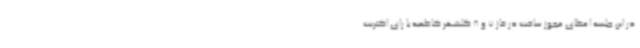
در این جلسه اعطای مجوز ساخت در فاز 7 و 8 گلشهر کاظمیه با رای اکثریت